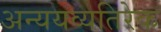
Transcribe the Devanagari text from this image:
अन्ययव्यतिरेक